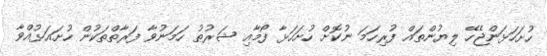
ހުށަހަޅަންޖެހޭ ލިޔުންތައް ފުރިހަމަ ނުކޮށް ހުށަހަޅާ ފޯމާއި ޝަރުޠު ހަމަނުވާ ފަރާތްތަކުން ހުށައަޅުއްވާ